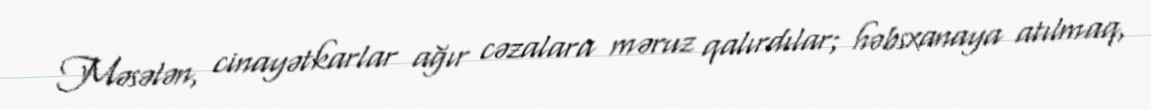
Məsələn, cinayətkarlar ağır cəzalara məruz qalırdılar; həbsxanaya atılmaq,